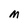
Character: M